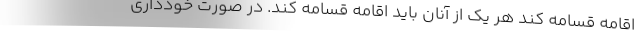
اقامه قسامه کند هر یک از آنان باید اقامه قسامه کند. در صورت خودداری